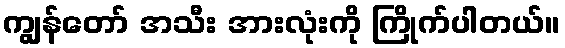
ကျွန်တော် အသီး အားလုံးကို ကြိုက်ပါတယ်။